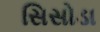
સિસોડા